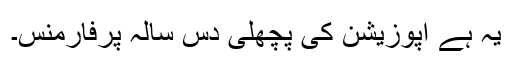
یہ ہے اپوزیشن کی پچھلی دس سالہ پرفارمنس۔